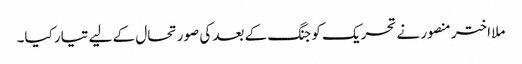
ملا اختر منصور نے تحریک کو جنگ کے بعد کی صورتحال کے لیے تیار کیا۔